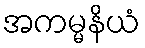
အကမ္မနိယံ